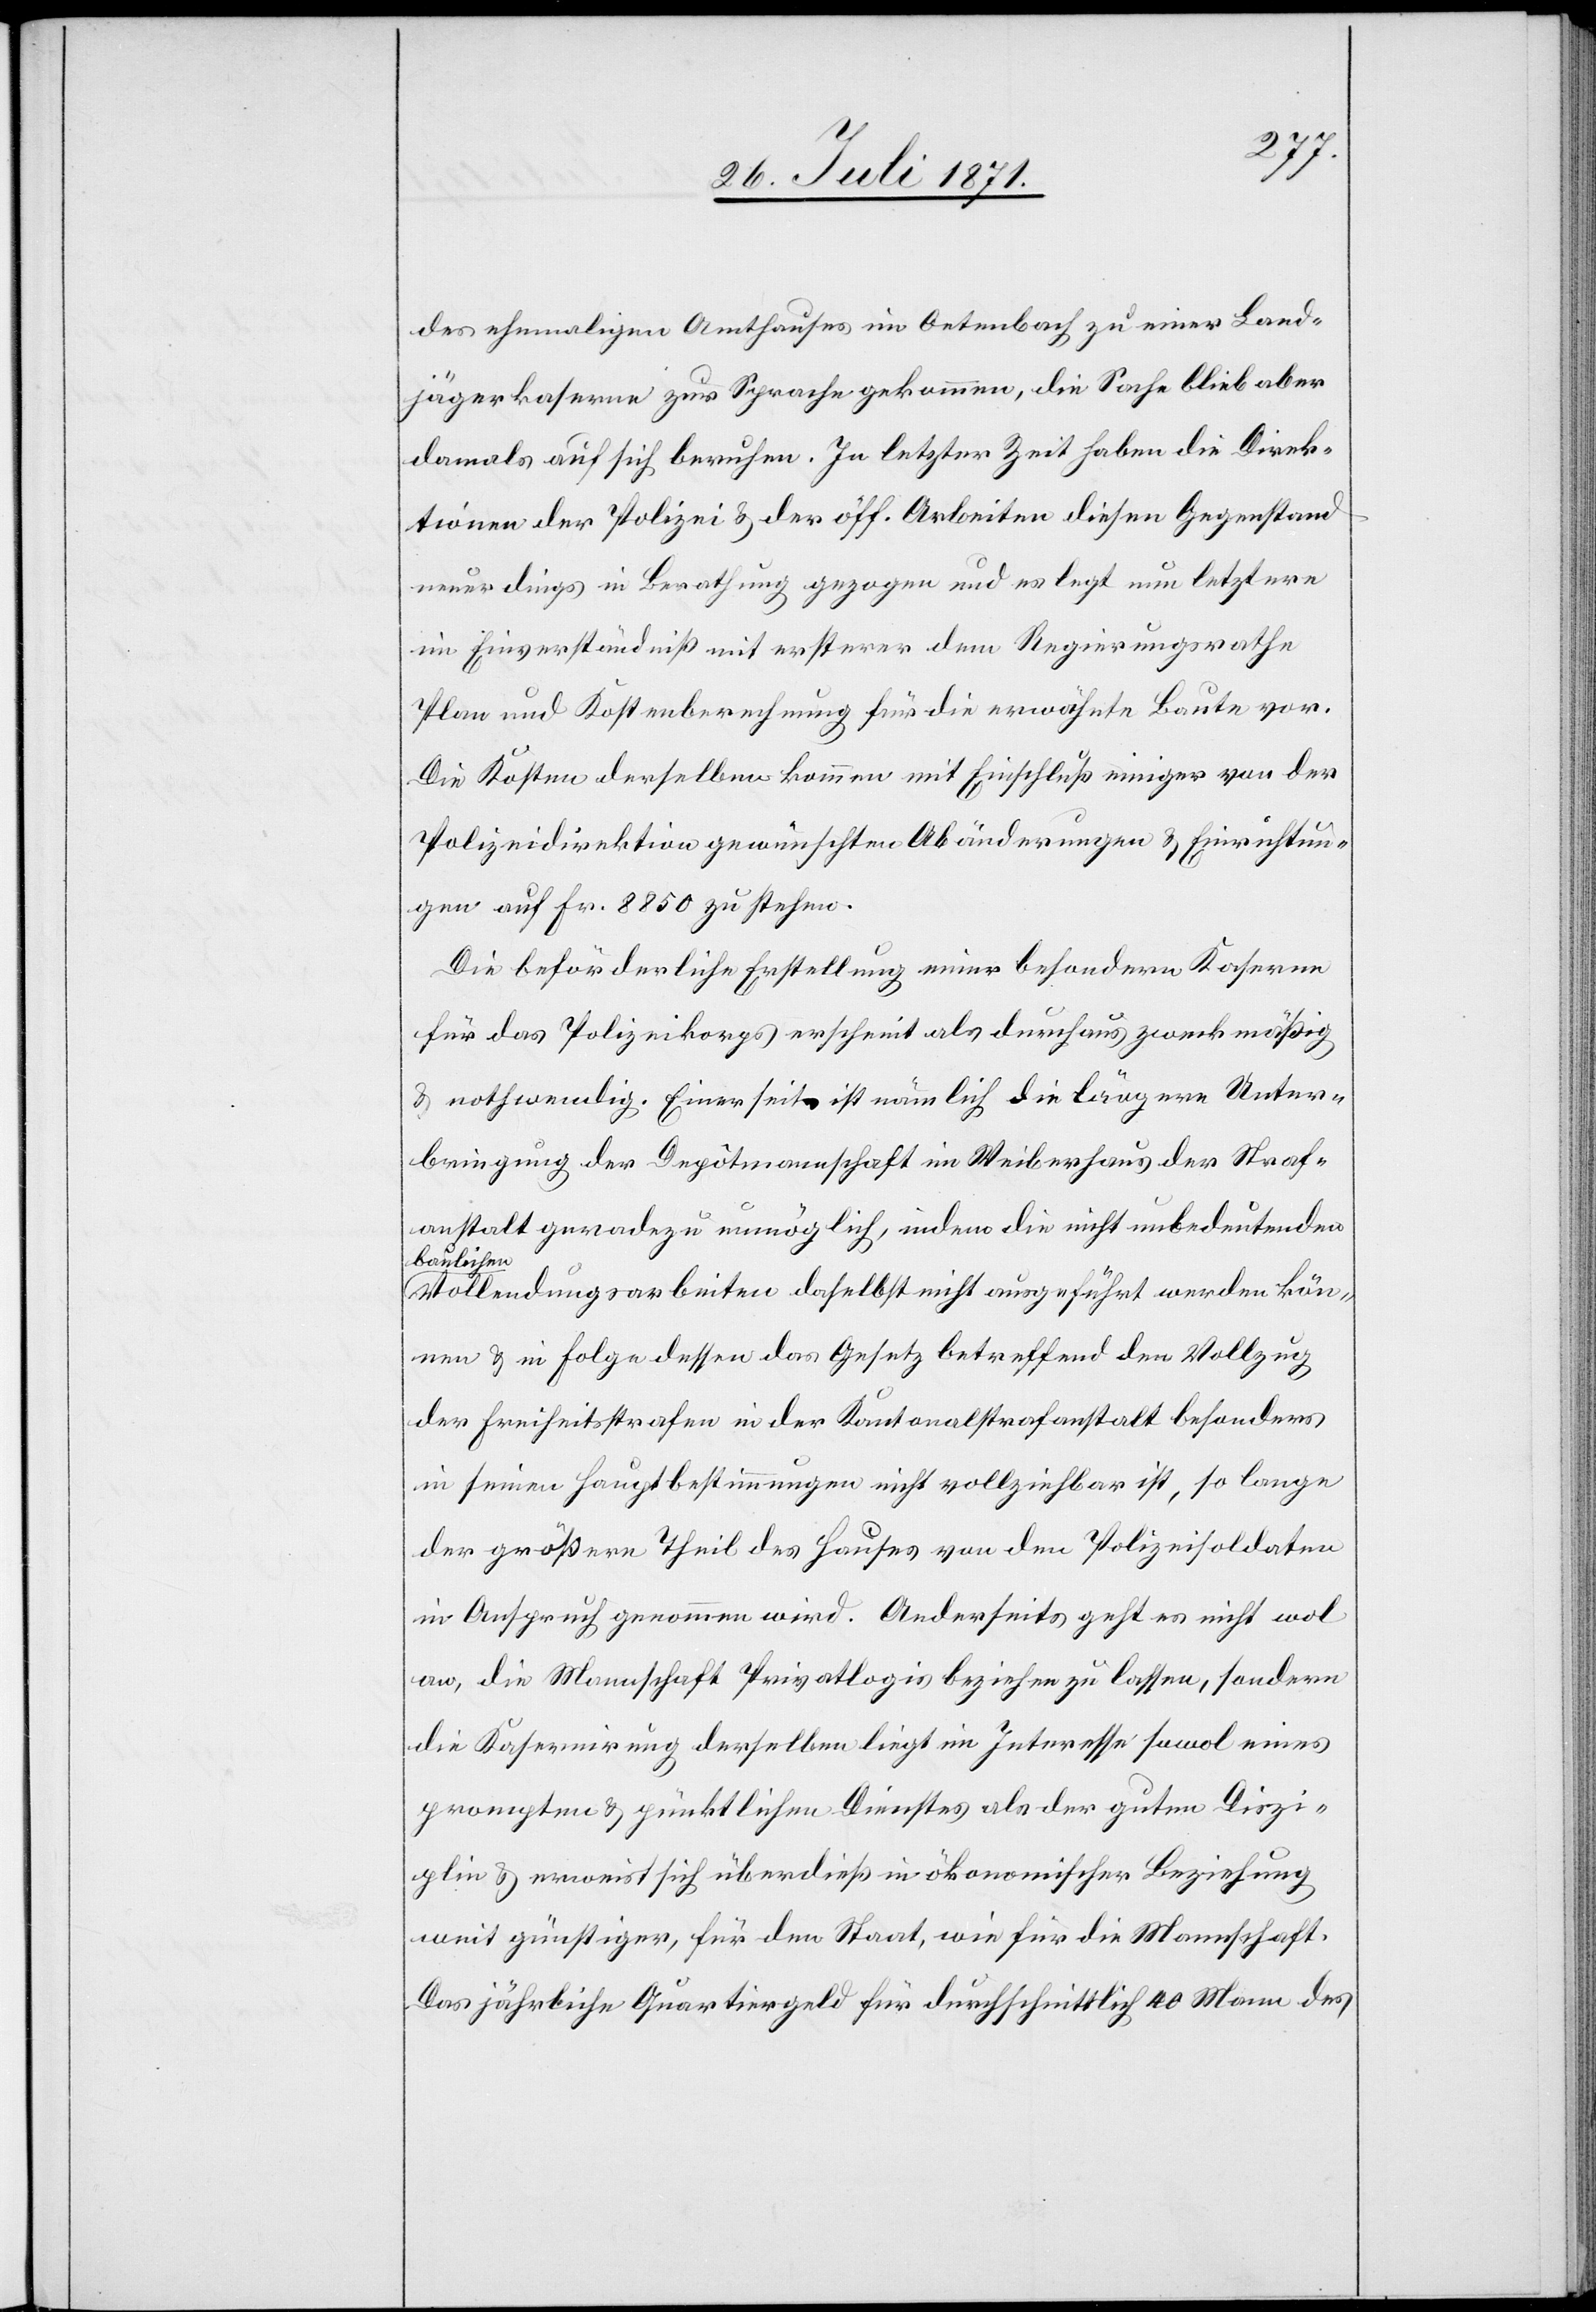
des ehemaligen Amthauses im Oetenbach zu einer Land¬
jägerkaserne zur Sprache gekommen, die Sache blieb aber
damals auf sich beruhen. In letzter Zeit haben die Direk¬
tion der Polizei u. der öff. Arbeiten diesen Gegenstand
neuerdings in Berathung gezogen und es legt nun letztere
im Einverständniß mit ersterer dem Regierungsrathe
Plan und Kostenberechnung für die erwähnte Baute vor.
Die Kosten derselben kommen mit Einschluß einiger von der
Polizeidirektion gewünschten Abänderung u. Einrichtun¬
gen auf Fr. 8850 zu stehen.
Die beförderliche Erstellung einer besondern Kaserne
für das Polizeikorps erscheint als durchaus zweckmäßig
u. nothwendig. Einerseits ist nämlich die längere Unter¬
bringung der Depôtmannschaft im Weiberhaus der Straf¬
anstalt geradezu unmöglich, indem die nicht unbedeutenden
baulichen
Vollendungsarbeiten daselbst nicht ausgeführt werden kön¬
nen u. in Folge dessen das Gesetz betreffend den Vollzug
der Freiheitsstrafen in der Kantonalstrafanstalt besonders
in seinen Hauptbestimmungen nicht vollziehbar ist, so lange
der größerer Theil des Hauses von den Polizeisoldaten
in Anspruch genommen wird. Anderseits geht es nicht wol
an, die Mannschaft Privatlogis beziehen zu lassen, sondern
die Kasernirung derselben liegt im Interesse sowol eines
prompten u. pünktlichen Dienstes als der guten Diszi¬
plin u. erweist sich überdieß in ökonomischer Beziehung
weit günstiger, für den Staat, wie für die Mannschaft.
Das jährliche Quartiergeld für durchschnittlich 40 Mann des